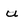
Character: u